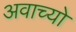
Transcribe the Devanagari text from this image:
अवाच्यो